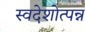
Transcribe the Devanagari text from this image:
स्वदेशोत्पन्न